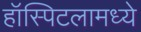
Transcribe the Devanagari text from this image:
हॉस्पिटलामध्ये